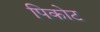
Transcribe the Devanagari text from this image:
पिकोट